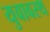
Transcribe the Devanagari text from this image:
युवावस्थ